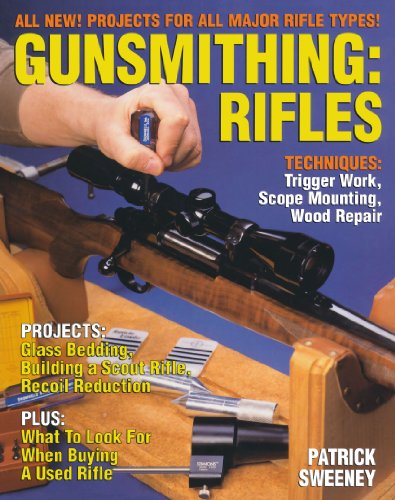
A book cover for Gunsmithing:  Rifles; Patrick Sweeney; Crafts, Hobbies & Home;